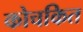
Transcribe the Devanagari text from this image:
कोचकित